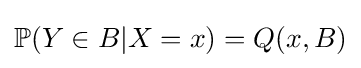
\mathbb {P} (Y\in B|X=x)=Q(x,B)